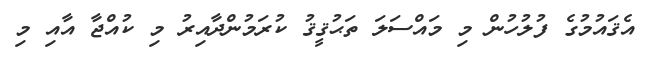
އެޤައުމުގެ ފުލުހުން މި މައްސަލަ ތަޙުޤީޤު ކުރަމުންދާއިރު މި ކުއްޖާ އާއި މި